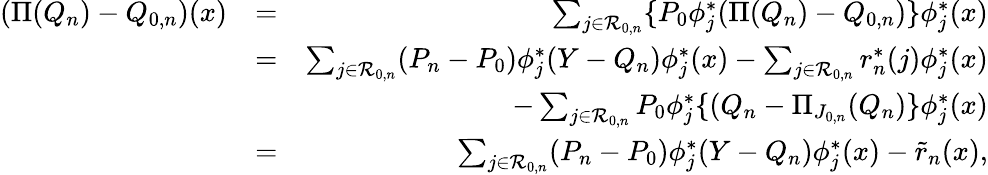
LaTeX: \begin{array}{rlr}{(\Pi(Q_{n})-Q_{0,n})(x)}&{=}&{\sum_{j\in{\cal R}_{0,n}}\{ P_{0}\phi_{j}^{*}(\Pi(Q_{n})-{Q_{0,n}})\} \phi_{j}^{*}(x)}\\ &{=}&{\sum_{j\in{\cal R}_{0,n}}(P_{n}-P_{0})\phi_{j}^{*}(Y-{Q_{n}})\phi_{j}^{*}(x)-\sum_{j\in{\cal R}_{0,n}}r_{n}^{*}(j)\phi_{j}^{*}(x)}\\ &{}&{-\sum_{j\in{\cal R}_{0,n}}P_{0}\phi_{j}^{*}\{ (Q_{n}-\Pi_{J_{0,n}}(Q_{n})\} \phi_{j}^{*}(x)}\\ &{=}&{\sum_{j\in{\cal R}_{0,n}}(P_{n}-P_{0})\phi_{j}^{*}(Y-{Q_{n}})\phi_{j}^{*}(x)-\tilde{r}_{n}(x),}\end{array}